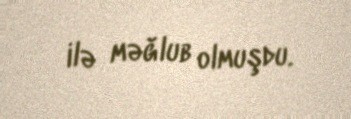
ilə məğlub olmuşdu.